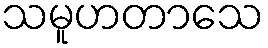
သမူဟတာသေ